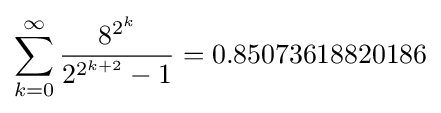
\sum _{k=0}^{\infty }{\frac {8^{2^{k}}}{2^{2^{k+2}}-1}}=0.85073618820186